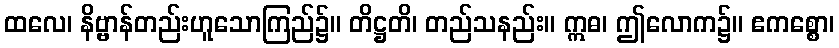
ထလေ၊ နိဗ္ဗာန်တည်းဟူသောကြည်၌။ တိဋ္ဌတိ၊ တည်သနည်း။ ဣဓ၊ ဤလောက၌။ ဧကစ္စော၊